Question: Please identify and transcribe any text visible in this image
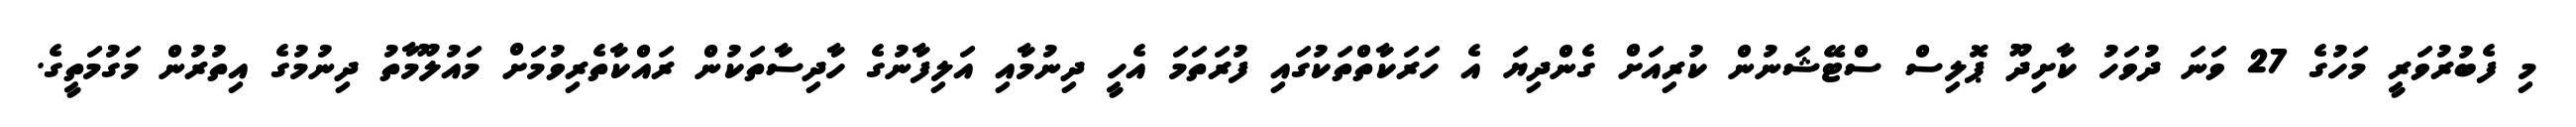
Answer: މި ފެބުރުވަރީ މަހުގެ 27 ވަނަ ދުވަހު ކާށިދޫ ޕޮލިސް ސްޓޭޝަނުން ކުރިއަށް ގެންދިޔަ އެ ހަރަކާތްތަކުގައި ފުރަތަމަ އެހީ ދިނުމާއި އަލިފާނުގެ ހާދިސާތަކުން ރައްކާތެރިވުމަށް މައުލޫމާތު ދިނުމުގެ އިތުރުން މަގުމަތީގެ.